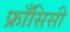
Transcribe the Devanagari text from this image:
फ्राँसिसी